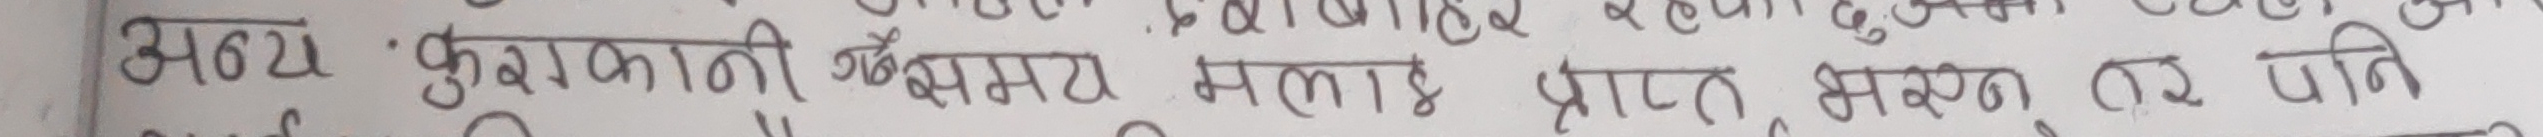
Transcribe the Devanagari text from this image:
अन्य 'कुराकाणी' बैषम्य मलाई प्राप्त भएन तर पति